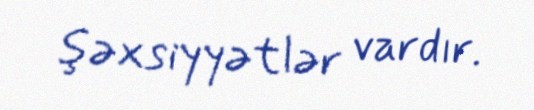
şəxsiyyətlər vardır.